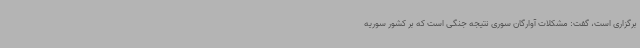
برگزاری است، گفت: مشکلات آوارگان سوری نتیجه جنگی است که بر کشور سوریه